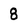
Character: 8